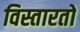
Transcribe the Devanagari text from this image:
विस्तारतो